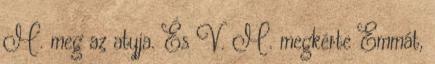
M. meg az atyja. És V. M. megkérte Emmát,